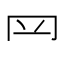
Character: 𦉰